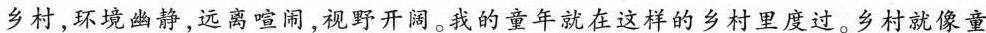
乡村，环境幽静，远离喧闹，视野开阔。我的童年就在这样的乡村里度过。乡村就像童